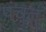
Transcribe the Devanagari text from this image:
पंचत्‌